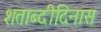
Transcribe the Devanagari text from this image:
शताब्दीदिनास